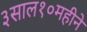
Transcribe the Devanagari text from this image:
३साल१०महीने